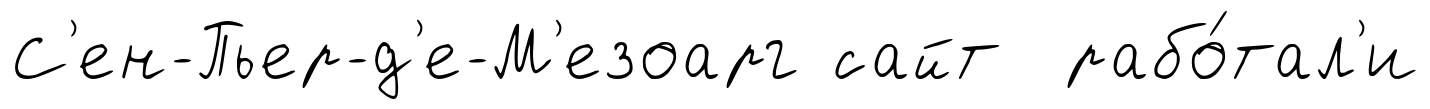
С'ен-Пьер-д'е-М'езоарг сайт рабо́тал'и